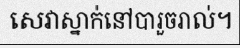
សេវាស្នាក់នៅបារួចរាល់។